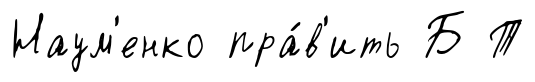
Наум'енко пра́в'ить Б Т